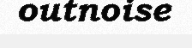
outnoise